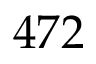
4 7 2